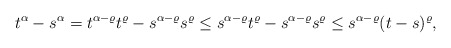
\begin{align*} t^{\alpha} - s^{\alpha}= t^{\alpha-\varrho} t^{\varrho} - s^{\alpha-\varrho} s^{\varrho}\leq s^{\alpha-\varrho} t^{\varrho} - s^{\alpha-\varrho} s^{\varrho}\leq s^{\alpha-\varrho} (t-s)^{\varrho},\end{align*}